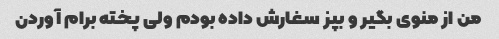
من از منوی بگیر و بپز سغارش داده بودم ولی پخته برام آوردن